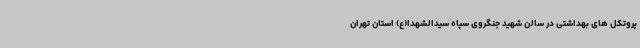
پروتکل های بهداشتی در سالن شهید جنگروی سپاه سیدالشهدا(ع) استان تهران